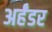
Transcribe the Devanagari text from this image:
अर्हंडर